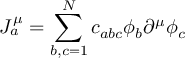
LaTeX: J _ { a } ^ { \mu } = \sum _ { b , c = 1 } ^ { N } c _ { a b c } \phi _ { b } \partial ^ { \mu } \phi _ { c }